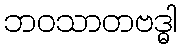
ဘဝသာတဗဒ္ဓါ